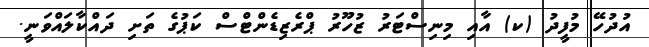
އުދުހޭ މުފީދު (ކ) އާއި މިނިސްޓަރު ޒުހޫރު ޕްރެޒިޑެންޓްސް ކަޕުގެ ތަށި ދައްކާލައްވަނީ.